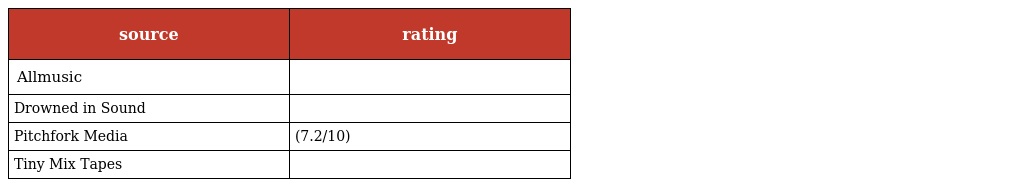
| source | rating |
 | --- | --- |
 | Allmusic |  |
 | Drowned in Sound |  |
 | Pitchfork Media | (7.2/10) |
 | Tiny Mix Tapes |  |